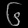
Digit: ၆